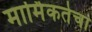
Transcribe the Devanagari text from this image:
मार्मिकतेचा